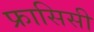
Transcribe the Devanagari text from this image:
फ्रासिसी